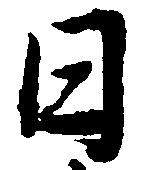
日